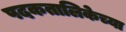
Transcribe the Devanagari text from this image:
पदकतालिकेच्या